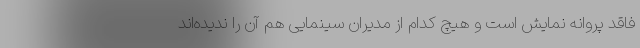
فاقد پروانه نمایش است و هیچ کدام از مدیران سینمایی هم آن را ندیده‌اند